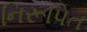
નિરૂપિત